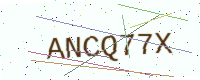
Text: ANCQ77X